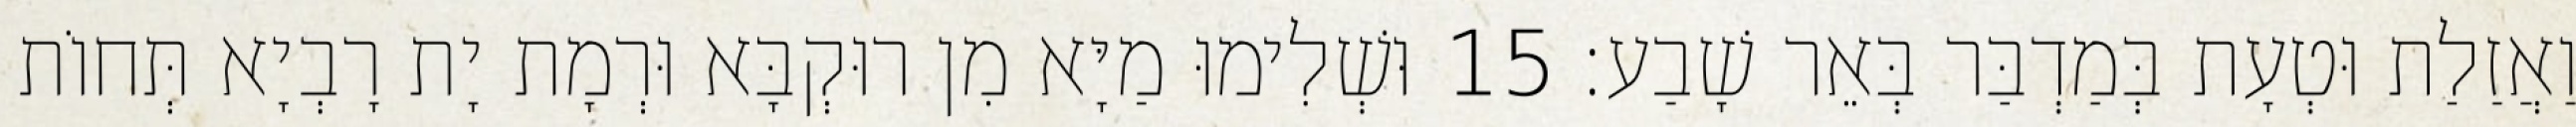
וַאֲזַלַת וּטְעָת בְּמַדְבַּר בְּאֵר שָׁבַע׃ 15 וּשְׁלִימוּ מַיָּא מִן רוּקְבָּא וּרְמָת יָת רָבְיָא תְּחוֹת